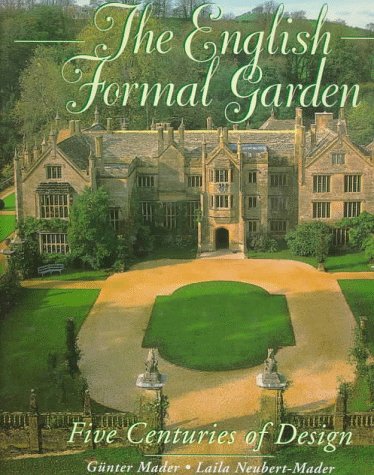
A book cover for English Formal Garden: Five Centuries of Design; Gunter Mader; Crafts, Hobbies & Home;